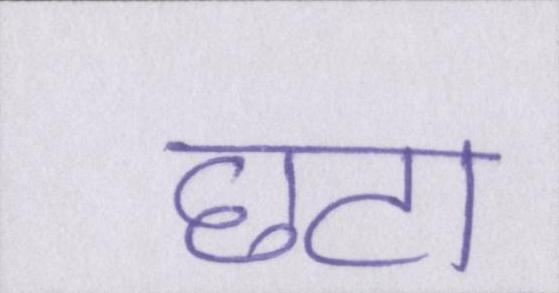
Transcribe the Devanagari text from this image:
छटा